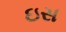
ઇસ